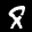
Label: 8